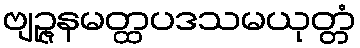
ဗျဉ္ဇနမတ္ထပဒသမယုတ္တံ